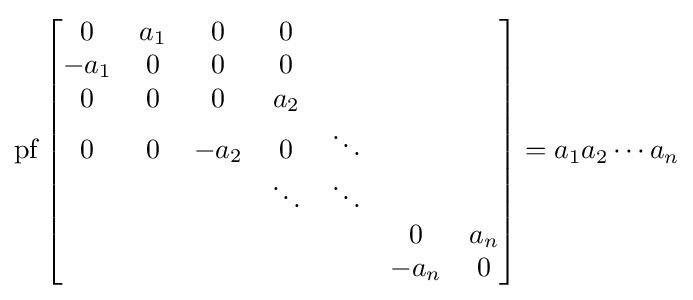
\operatorname {pf} {\begin{bmatrix}0&a_{1}&0&0\\-a_{1}&0&0&0\\0&0&0&a_{2}\\0&0&-a_{2}&0&\ddots \\&&&\ddots &\ddots &\\&&&&&0&a_{n}\\&&&&&-a_{n}&0\end{bmatrix}}=a_{1}a_{2}\cdots a_{n}